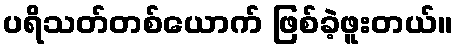
ပရိသတ်တစ်ယောက် ဖြစ်ခဲ့ဖူးတယ်။